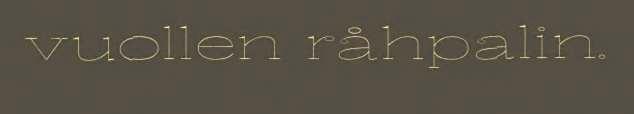
vuollen råhpalin.